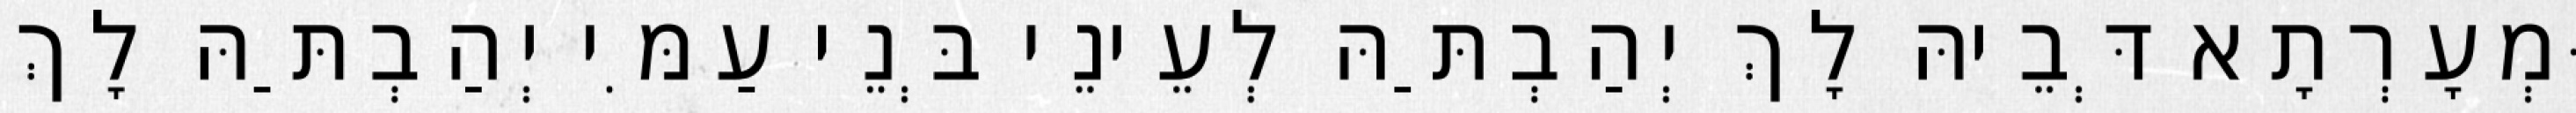
וּמְעָרְתָא דְּבֵיהּ לָךְ יְהַבְתַּהּ לְעֵינֵי בְּנֵי עַמִּי יְהַבְתַּהּ לָךְ